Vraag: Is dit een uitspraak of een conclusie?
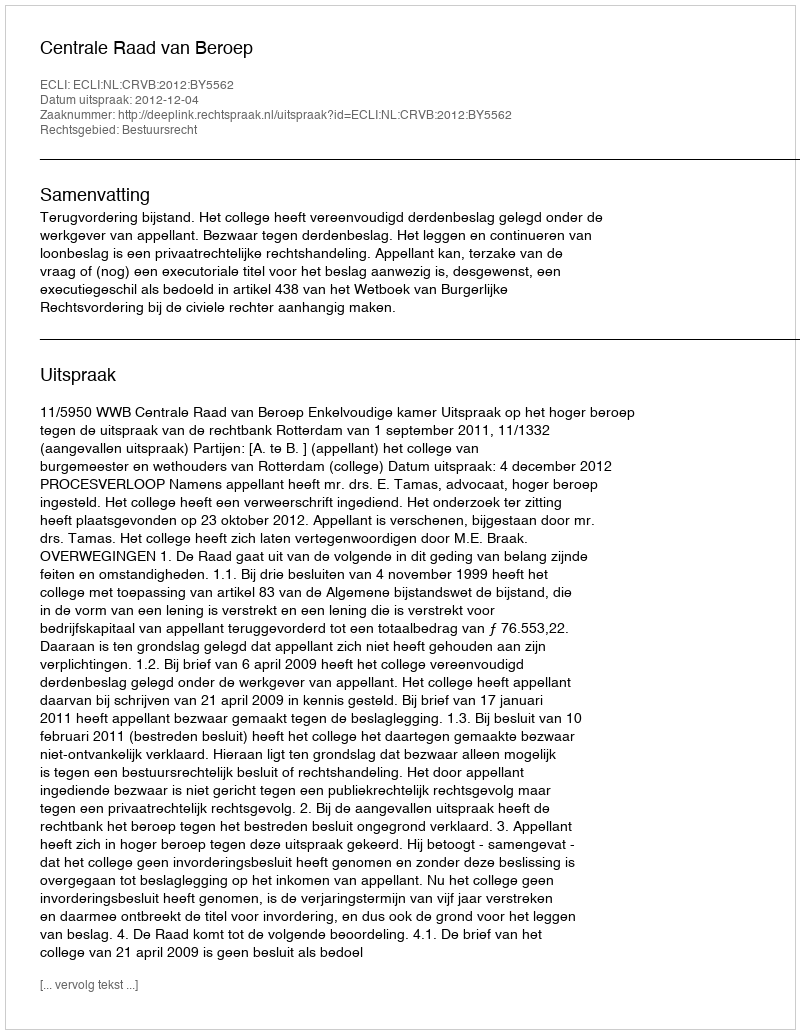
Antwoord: Uitspraak